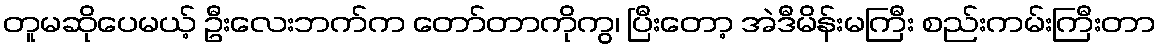
တူမဆိုပေမယ့် ဦးလေးဘက်က တော်တာကိုကွ၊ ပြီးတော့ အဲဒီမိန်းမကြီး စည်းကမ်းကြီးတာ